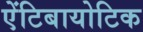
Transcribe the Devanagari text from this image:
एेंटिबायोटिक